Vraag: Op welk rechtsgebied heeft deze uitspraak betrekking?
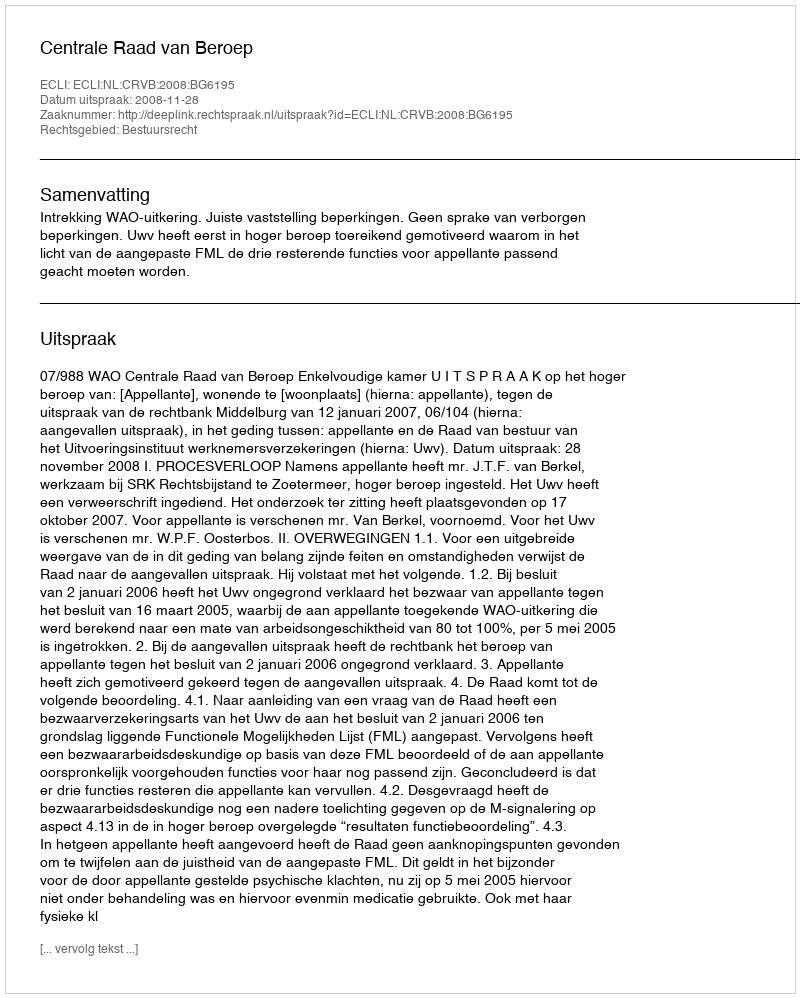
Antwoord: Bestuursrecht